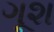
ગૂશ